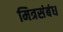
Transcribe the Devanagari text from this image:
मित्रसंबंध